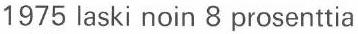
1975 laski noin 8 prosenttia